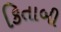
કિતાબી